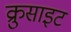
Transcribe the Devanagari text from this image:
क्रुसाइट